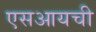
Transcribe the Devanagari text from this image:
एसआयची